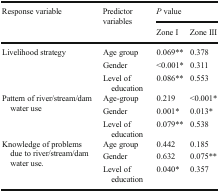
<table><thead><tr><td rowspan="2"><b>Response variable</b></td><td rowspan="2"><b>Predictor variables</b></td><td colspan="2"><b><i>P</i> value</b></td></tr><tr><td><b>Zone I</b></td><td><b>Zone III</b></td></tr></thead><tbody><tr><td rowspan="3">Livelihood strategy</td><td>Age group</td><td>0.069**</td><td>0.378</td></tr><tr><td>Gender</td><td>&lt;0.001*</td><td>0.311</td></tr><tr><td>Level of education</td><td>0.086**</td><td>0.553</td></tr><tr><td rowspan="3">Pattern of river/stream/dam water use</td><td>Age-group</td><td>0.219</td><td>&lt;0.001*</td></tr><tr><td>Gender</td><td>0.001*</td><td>0.013*</td></tr><tr><td>Level of education</td><td>0.079**</td><td>0.538</td></tr><tr><td rowspan="3">Knowledge of problems due to river/stream/dam water use.</td><td>Age group</td><td>0.442</td><td>0.185</td></tr><tr><td>Gender</td><td>0.632</td><td>0.075**</td></tr><tr><td>Level of education</td><td>0.040*</td><td>0.357</td></tr></tbody></table>